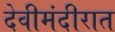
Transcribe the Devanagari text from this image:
देवीमंदीरात